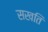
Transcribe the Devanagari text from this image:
सखति